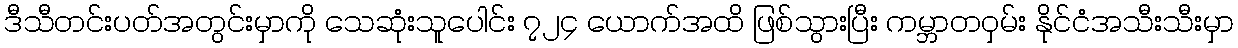
ဒီသီတင်းပတ်အတွင်းမှာကို သေဆုံးသူပေါင်း ၇၂၄ ယောက်အထိ ဖြစ်သွားပြီး ကမ္ဘာတဝှမ်း နိုင်ငံအသီးသီးမှာ